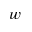
{ w }